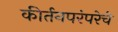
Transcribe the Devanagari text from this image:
कीर्तनपरंपरेचे